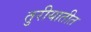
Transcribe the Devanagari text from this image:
तुरीयातीत